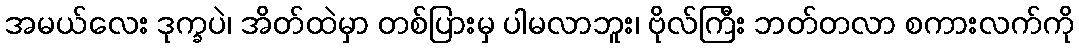
အမယ်လေး ဒုက္ခပဲ၊ အိတ်ထဲမှာ တစ်ပြားမှ ပါမလာဘူး၊ ဗိုလ်ကြီး ဘတ်တလာ စကားလက်ကို